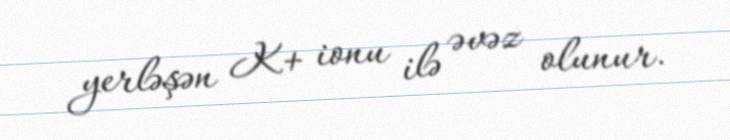
yerləşən K+ ionu ilə əvəz olunur.